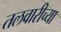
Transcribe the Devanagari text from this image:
तलवारीच्‍या